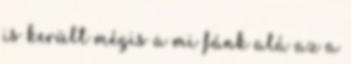
is került mégis a mi fánk alá az a